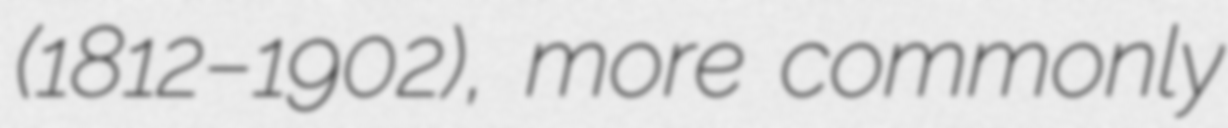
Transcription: (1812–1902), more commonly